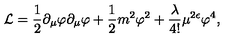
{ \mathcal L } = \frac { 1 } { 2 } \partial _ { \mu } \varphi \partial _ { \mu } \varphi + \frac { 1 } { 2 } m ^ { 2 } \varphi ^ { 2 } + \frac { \lambda } { 4 ! } \mu ^ { 2 \epsilon } \varphi ^ { 4 } ,